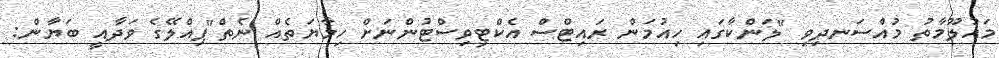
މައުލޫމާތު މުއްސަނދިވި "ލަންކާގައި ހިއުމަން ރައިޓްސް އެކްޓިވިސްޓުންނަށް ހިމާޔަތެއް ނެތް"ޕިއްލޭގެ ވަދާއީ ބަޔާން: